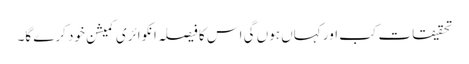
تحقیقات کب اور کہاں ہوں گی اس کا فیصلہ انکوائری کمیشن خود کرے گا۔